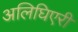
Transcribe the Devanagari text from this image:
अलिघिएरी